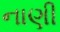
નાણી